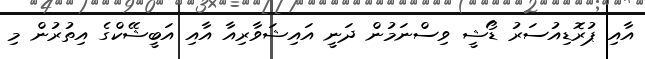
އާއި ޕުރޮޑިއުސަރު ޑޯޝީ ވިސްނަމުން ދަނީ އައިޝަވާރިއާ އާއި އަބީޝޭކްގެ އިތުރުން މި